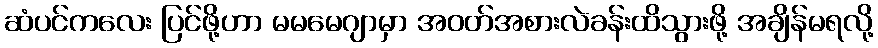
ဆံပင်ကလေး ပြင်ဖို့ဟာ မမမေဂျာမှာ အဝတ်အစားလဲခန်းထိသွားဖို့ အချိန်မရလို့